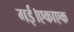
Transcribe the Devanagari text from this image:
गई।एकाएक